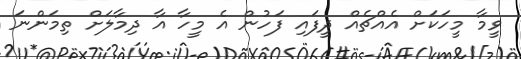
ވީމާ މީހަކަށް އެއްޗެއް ދީފައި ފަހުން އެ މީހާ އާ ދިމާލަށް ތިމަންނަ